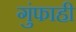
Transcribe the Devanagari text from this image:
गुंफाही